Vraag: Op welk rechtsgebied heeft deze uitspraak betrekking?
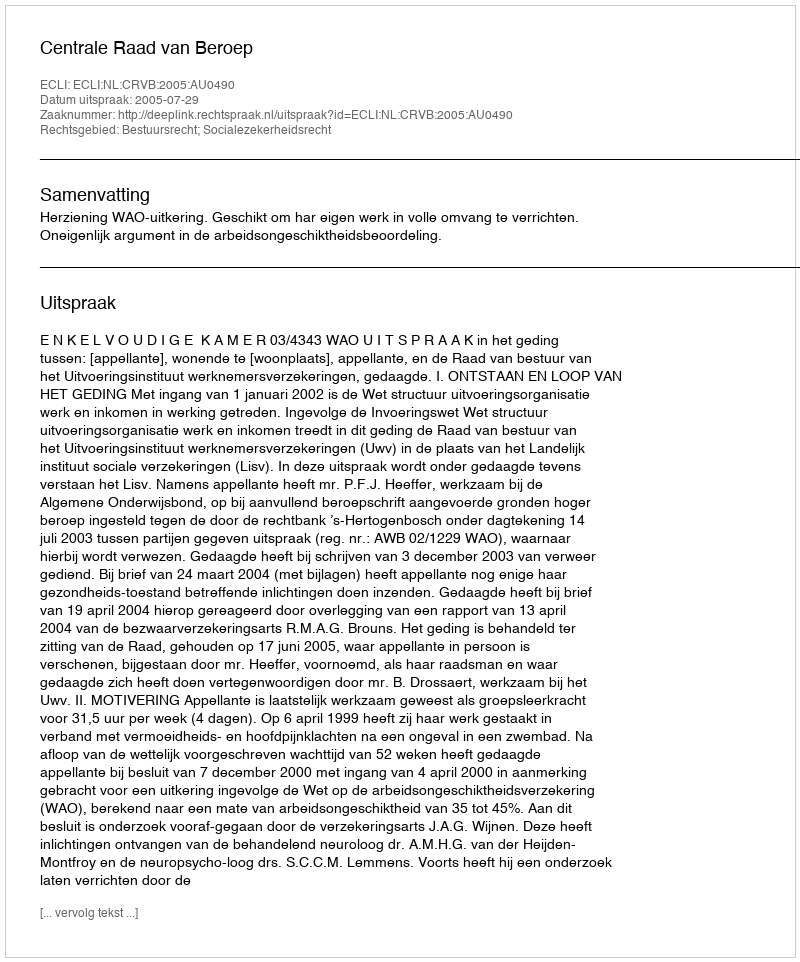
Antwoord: Bestuursrecht; Socialezekerheidsrecht